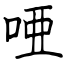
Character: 唖